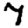
Digit: 7